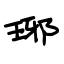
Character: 琊